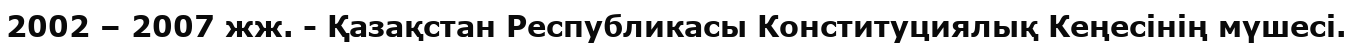
2002 – 2007 жж. - Қазақстан Республикасы Конституциялық Кеңесінің мүшесі.